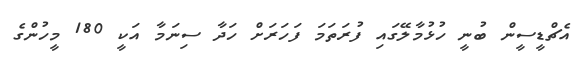
އެޗްޑީސީން ބުނީ ހުޅުމާލޭގައި ފުރަތަމަ ފަހަރަށް ހަދާ ސިނަމާ އަކީ 180 މީހުންގެ